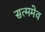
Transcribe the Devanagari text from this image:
सत्ममेव